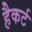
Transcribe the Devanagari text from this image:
हैकर्ट